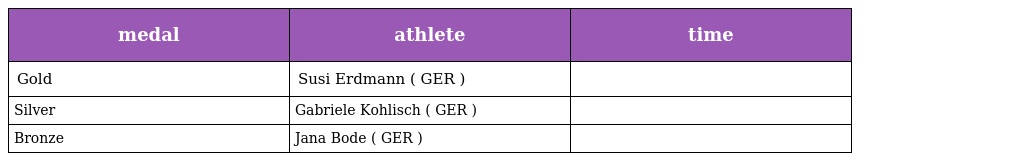
| medal | athlete | time |
 | --- | --- | --- |
 | Gold | Susi Erdmann ( GER ) |  |
 | Silver | Gabriele Kohlisch ( GER ) |  |
 | Bronze | Jana Bode ( GER ) |  |